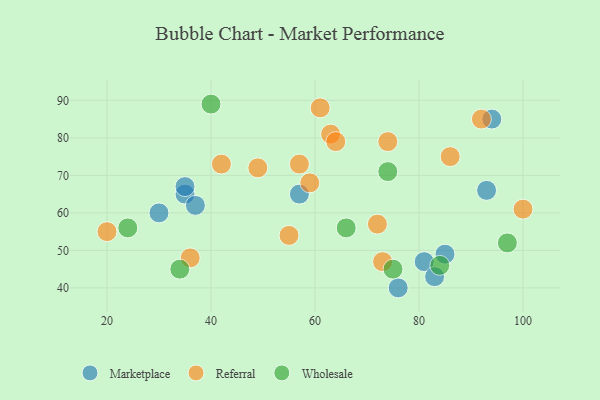
{"axis": {"x": "GDP", "y": "Life Expectancy"}, "legend": ["Marketplace", "Referral", "Wholesale"], "data": [{"x": "93", "y": 66, "type": "Marketplace"}, {"x": "81", "y": 47, "type": "Marketplace"}, {"x": "30", "y": 60, "type": "Marketplace"}, {"x": "35", "y": 65, "type": "Marketplace"}, {"x": "35", "y": 67, "type": "Marketplace"}, {"x": "76", "y": 40, "type": "Marketplace"}, {"x": "85", "y": 49, "type": "Marketplace"}, {"x": "83", "y": 43, "type": "Marketplace"}, {"x": "94", "y": 85, "type": "Marketplace"}, {"x": "37", "y": 62, "type": "Marketplace"}, {"x": "57", "y": 65, "type": "Marketplace"}, {"x": "63", "y": 81, "type": "Referral"}, {"x": "61", "y": 88, "type": "Referral"}, {"x": "74", "y": 79, "type": "Referral"}, {"x": "86", "y": 75, "type": "Referral"}, {"x": "57", "y": 73, "type": "Referral"}, {"x": "92", "y": 85, "type": "Referral"}, {"x": "20", "y": 55, "type": "Referral"}, {"x": "55", "y": 54, "type": "Referral"}, {"x": "72", "y": 57, "type": "Referral"}, {"x": "73", "y": 47, "type": "Referral"}, {"x": "49", "y": 72, "type": "Referral"}, {"x": "64", "y": 79, "type": "Referral"}, {"x": "42", "y": 73, "type": "Referral"}, {"x": "100", "y": 61, "type": "Referral"}, {"x": "59", "y": 68, "type": "Referral"}, {"x": "36", "y": 48, "type": "Referral"}, {"x": "75", "y": 45, "type": "Wholesale"}, {"x": "97", "y": 52, "type": "Wholesale"}, {"x": "24", "y": 56, "type": "Wholesale"}, {"x": "84", "y": 46, "type": "Wholesale"}, {"x": "34", "y": 45, "type": "Wholesale"}, {"x": "74", "y": 71, "type": "Wholesale"}, {"x": "66", "y": 56, "type": "Wholesale"}, {"x": "40", "y": 89, "type": "Wholesale"}]}